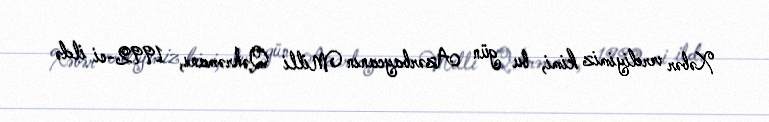
Xəbər verdiyimiz kimi, bu gün Azərbaycanın Milli Qəhrəmanı, 1992-ci ildə